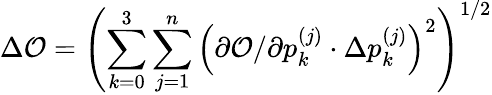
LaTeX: \Delta\mathcal{O}=\left(\sum_{k=0}^{3}\sum_{j=1}^{n}\left(\partial\mathcal{O}/\partial p_{k}^{(j)}\cdot\Delta p_{k}^{(j)}\right)^{2}\right)^{1/2}